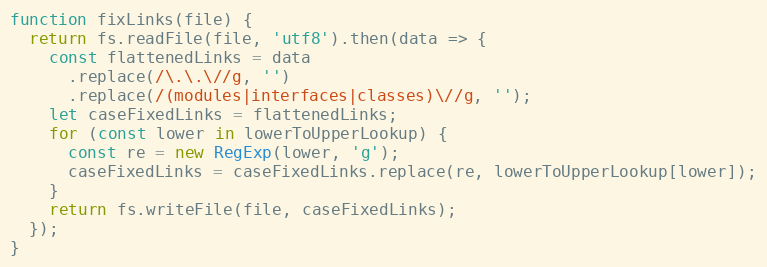
Language: JavaScript
function fixLinks(file) {
  return fs.readFile(file, 'utf8').then(data => {
    const flattenedLinks = data
      .replace(/\.\.\//g, '')
      .replace(/(modules|interfaces|classes)\//g, '');
    let caseFixedLinks = flattenedLinks;
    for (const lower in lowerToUpperLookup) {
      const re = new RegExp(lower, 'g');
      caseFixedLinks = caseFixedLinks.replace(re, lowerToUpperLookup[lower]);
    }
    return fs.writeFile(file, caseFixedLinks);
  });
}